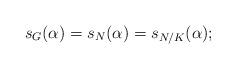
LaTeX: \begin{align*}s_{G}(\alpha) = s_{N}(\alpha) = s_{N/K}(\alpha);\end{align*}